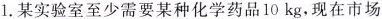
1.某实验室至少需要某种化学药品10kg，现在市场